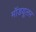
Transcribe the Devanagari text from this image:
मॉडयूलर